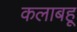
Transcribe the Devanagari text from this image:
कलाबहू